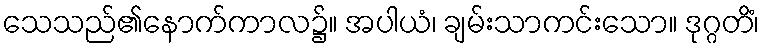
သေသည်၏နောက်ကာလ၌။ အပါယံ၊ ချမ်းသာကင်းသော။ ဒုဂ္ဂတိံ၊